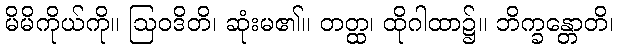
မိမိကိုယ်ကို။ ဩဝဒိတိ၊ ဆုံးမ၏။ တတ္ထ၊ ထိုဂါထာ၌။ ဘိက္ခန္တောတိ၊